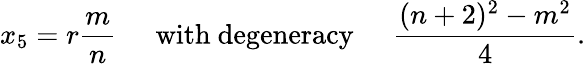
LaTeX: x_{5}=r\frac{m}{n}\; \; \; \; \; \mathrm{with\ degeneracy}\; \; \; \; \; \frac{(n+2)^{2}-m^{2}}{4}.